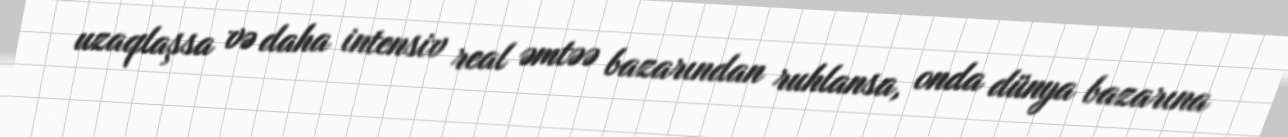
uzaqlaşsa və daha intensiv real əmtəə bazarından ruhlansa, onda dünya bazarına